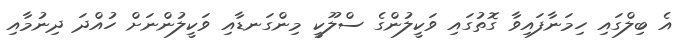
އެ ބިލްގައި ހިމަނާފައިވާ ގޮތުގައި ވަކީލުންގެ ސްލޫކީ މިންގަނޑާއި ވަކީލުންނަށް ހުއްދަ ދިނުމާއި